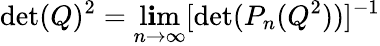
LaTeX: \operatorname*{det}(Q)^{2}=\operatorname*{l\mathbf{i}m}_{n\rightarrow\infty}[\operatorname*{det}(P_{n}(Q^{2}))]^{-1}